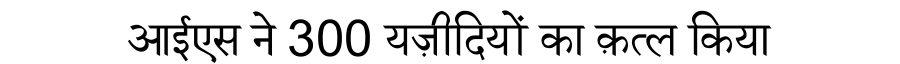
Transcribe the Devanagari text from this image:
आईएस ने 300 यज़ीदियों का क़त्ल किया